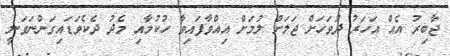
ޖާބިރު އެއް އަހަރު ދުވަހަށް ޖަލަށް ލުމަށް އިއްވާފައިވާ ހުކުމާއި މެދު ދެކެވަޑައިގަންނަވަނީ